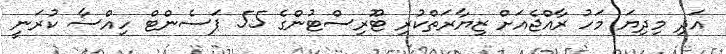
އަދި މިދިޔަ މަހު ރާއްޖެއަށް ޒިޔާރަތްކުރި ޓޫރިސްޓުންގެ 55 ޕަސެންޓް ހިއްސާ ކުރަނީ